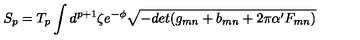
S _ { p } = T _ { p } \int d ^ { p + 1 } \zeta e ^ { - \phi } \sqrt { - d e t ( g _ { m n } + b _ { m n } + 2 \pi \alpha ^ { \prime } F _ { m n } ) }